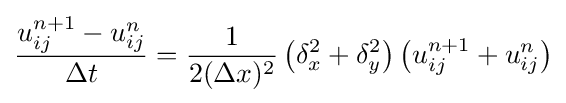
{u_{ij}^{n+1}-u_{ij}^{n} \over \Delta t}={1 \over 2(\Delta x)^{2}}\left(\delta _{x}^{2}+\delta _{y}^{2}\right)\left(u_{ij}^{n+1}+u_{ij}^{n}\right)